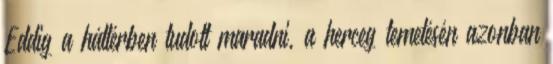
Eddig a háttérben tudott maradni, a herceg temetésén azonban